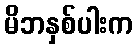
မိဘနှစ်ပါးက